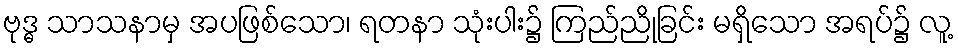
ဗုဒ္ဓ သာသနာမှ အပဖြစ်သော၊ ရတနာ သုံးပါး၌ ကြည်ညိုခြင်း မရှိသော အရပ်၌ လူ့